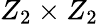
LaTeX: Z_{2}\times Z_{2}